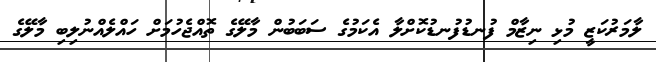
ލާމަރުކަޒީ މުޅި ނިޒާމް ފުނޑުފުނޑުކޮށްލާ އެކަމުގެ ސަބަބުން މާލޭގެ ތޮއްޖެހުމަށް ހައްލެއްނުލިބި މާލޭގެ